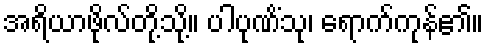
အရိယာဖိုလ်တို့သို့။ ပါပုဏိံသု၊ ရောက်ကုန်၏။